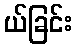
ယ်ခြင်း